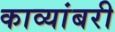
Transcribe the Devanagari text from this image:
काव्यांबरी